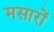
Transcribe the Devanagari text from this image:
मसारों